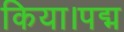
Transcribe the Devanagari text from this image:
किया।पद्म